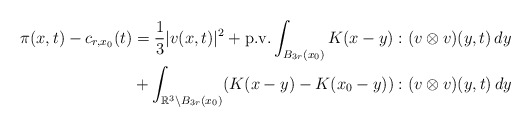
\begin{align*} \pi(x, t) - c_{r,x_0}(t) &= \frac{1}{3}|v(x, t)|^2 + \textnormal{p.v.} \int_{B_{3r}(x_0)} K(x - y) : (v \otimes v)(y, t) \,dy\\&+ \int_{\mathbb{R}^3 \setminus B_{3r}(x_0)} (K(x - y) - K(x_0 - y)) : (v \otimes v)(y, t) \,dy\end{align*}